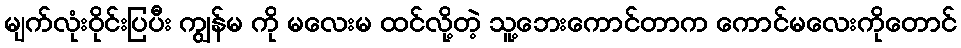
မျက်လုံးဝိုင်းပြပီး ကျွန်မ ကို မလေးမ ထင်လို့တဲ့ သူ့ဘေးကောင်တာက ကောင်မလေးကိုတောင်